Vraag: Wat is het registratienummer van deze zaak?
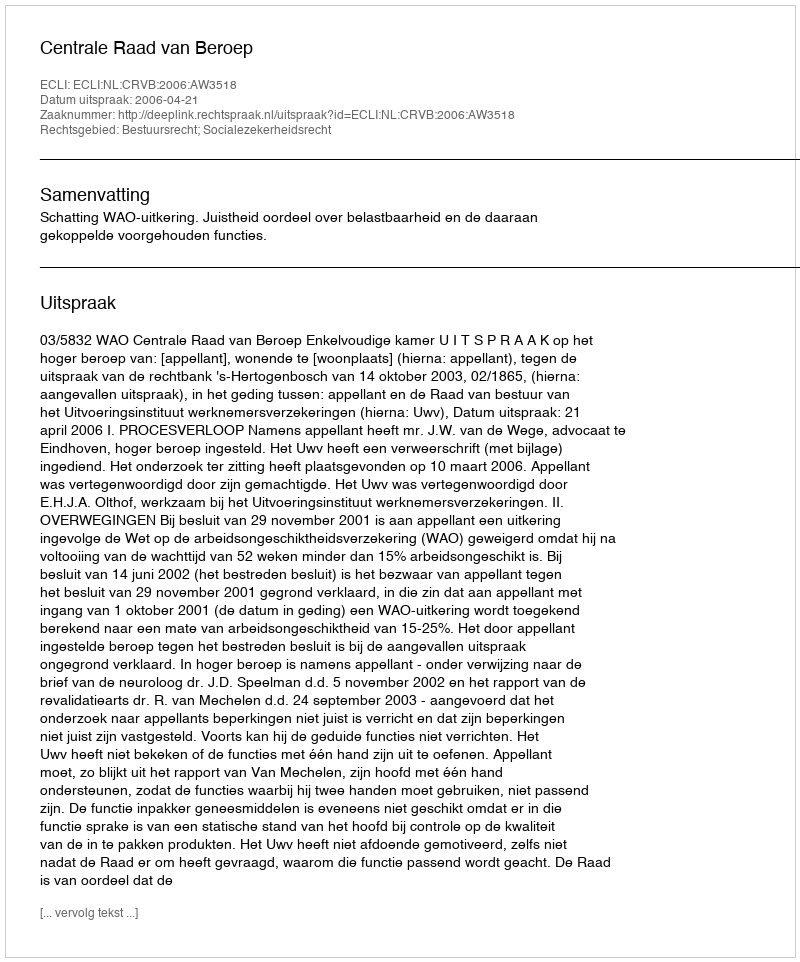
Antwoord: http://deeplink.rechtspraak.nl/uitspraak?id=ECLI:NL:CRVB:2006:AW3518